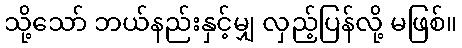
သို့သော် ဘယ်နည်းနှင့်မျှ လှည့်ပြန်လို့ မဖြစ်။